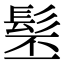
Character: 髬